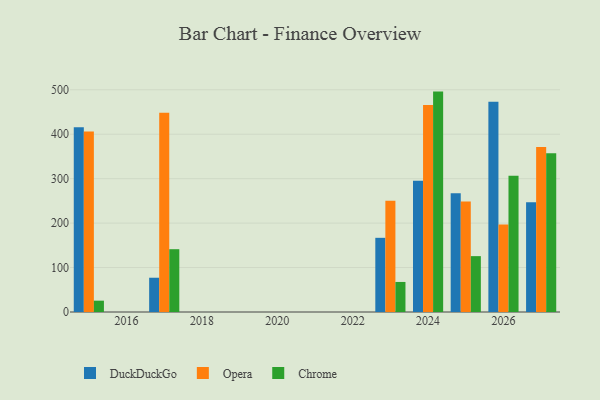
{"axis": {"x": "Year", "y": "Customer Acquisition Cost (USD)"}, "legend": ["Chrome", "DuckDuckGo", "Opera"], "data": [{"x": "2026", "y": 473.2, "type": "DuckDuckGo"}, {"x": "2026", "y": 196.8, "type": "Opera"}, {"x": "2026", "y": 306.7, "type": "Chrome"}, {"x": "2017", "y": 77.1, "type": "DuckDuckGo"}, {"x": "2017", "y": 448.1, "type": "Opera"}, {"x": "2017", "y": 141.3, "type": "Chrome"}, {"x": "2015", "y": 415.6, "type": "DuckDuckGo"}, {"x": "2015", "y": 406.3, "type": "Opera"}, {"x": "2015", "y": 25.5, "type": "Chrome"}, {"x": "2025", "y": 267.0, "type": "DuckDuckGo"}, {"x": "2025", "y": 248.8, "type": "Opera"}, {"x": "2025", "y": 125.7, "type": "Chrome"}, {"x": "2023", "y": 166.9, "type": "DuckDuckGo"}, {"x": "2023", "y": 250.2, "type": "Opera"}, {"x": "2023", "y": 67.6, "type": "Chrome"}, {"x": "2027", "y": 246.7, "type": "DuckDuckGo"}, {"x": "2027", "y": 371.2, "type": "Opera"}, {"x": "2027", "y": 357.1, "type": "Chrome"}, {"x": "2024", "y": 295.4, "type": "DuckDuckGo"}, {"x": "2024", "y": 466.0, "type": "Opera"}, {"x": "2024", "y": 495.9, "type": "Chrome"}]}